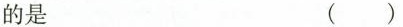
的是 ()